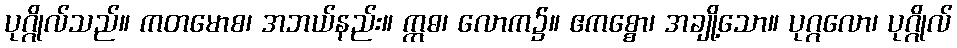
ပုဂ္ဂိုလ်သည်။ ကတမောစ၊ အဘယ်နည်း။ ဣဓ၊ လောက၌။ ဧကစ္စော၊ အချို့သော။ ပုဂ္ဂလော၊ ပုဂ္ဂိုလ်